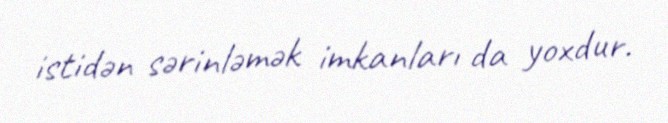
istidən sərinləmək imkanları da yoxdur.